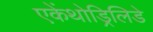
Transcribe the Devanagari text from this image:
एकेंथोड्रिलिडे